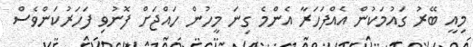
މިއީ ބޭރު ގައުމަކުން އެއްފަހަރާ އެންމެ ގިނަ މީހުން ހައްޖަށް ފޮނުވި ފަހަރުކަންވެސް